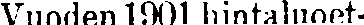
Vuoden 1901 hintaluoet-